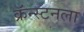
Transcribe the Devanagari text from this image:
क्रॅन्स्टनला